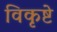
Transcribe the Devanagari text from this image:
विकृष्टे